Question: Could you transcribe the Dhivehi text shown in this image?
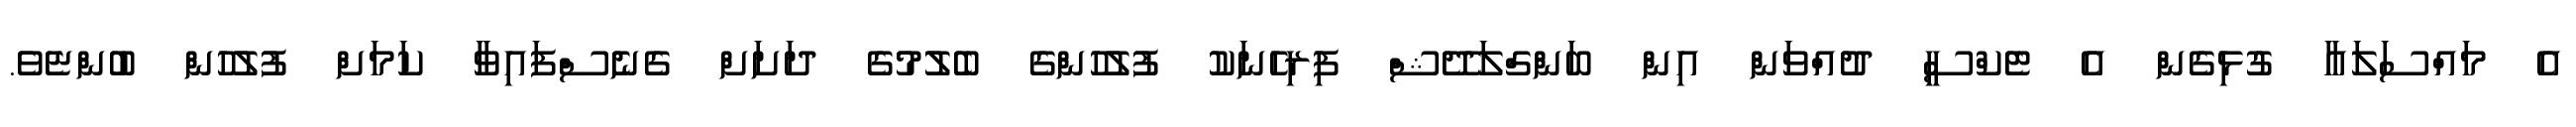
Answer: އެ މައްސަލައާ ގުޅިގެން އެ ޓެކްސީ ދުއްވަން އިން ބަންގްލަދޭޝް ފިރިހެނަކު ފުލުހުންގެ ބެލުމުގެ ދަށަށް ގެނެސްފައިވާ ކަމަށް ފުލުހުން ބުންޏެވެ.